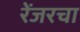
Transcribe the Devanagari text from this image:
रेंजरचा